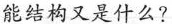
能结构又是什么?